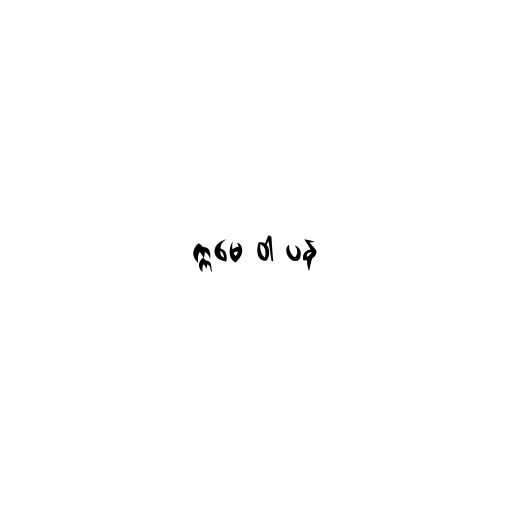
ဣမေ ဝါ ပန